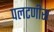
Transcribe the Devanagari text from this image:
पलटणीस